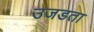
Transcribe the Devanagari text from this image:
उजडता